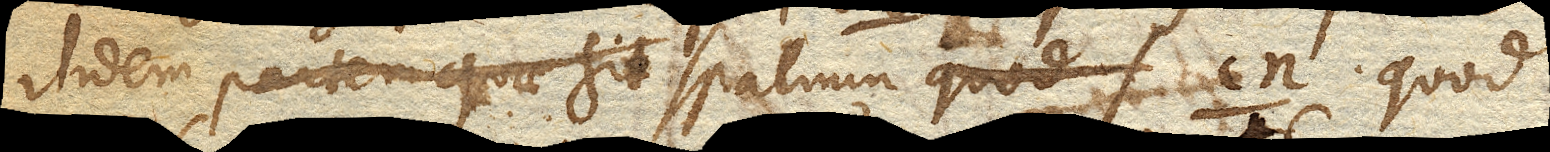
itidem partem quae sit spatium cn. quod